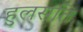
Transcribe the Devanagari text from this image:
हुलसति